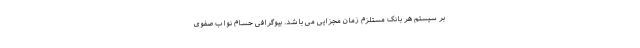
بر سیستم هر بانک مستلزم زمان مجزایی می باشد. بیوگرافی حسام نواب صفوی